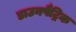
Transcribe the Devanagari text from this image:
डाउनपैट्रिक